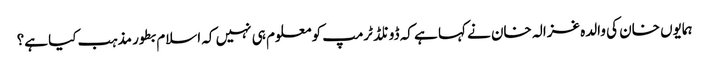
ہمایوں خان کی والدہ غزالہ خان نے کہا ہے کہ ڈونلڈ ٹرمپ کو معلوم ہی نہیں کہ اسلام بطور مذہب کیا ہے؟